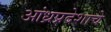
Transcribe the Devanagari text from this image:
आंध्रप्रदेशाचे